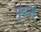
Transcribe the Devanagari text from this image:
पुंडसे